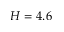
H = 4 . 6